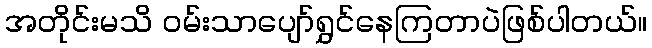
အတိုင်းမသိ ဝမ်းသာပျော်ရွှင်နေကြတာပဲဖြစ်ပါတယ်။